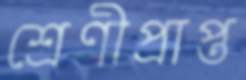
শ্রেণীপ্রাপ্ত